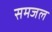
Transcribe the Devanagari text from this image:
समजल